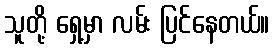
သူတို့ ရှေ့မှာ လမ်း ပြင်နေတယ်။